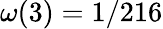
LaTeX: \omega(3)=1/216